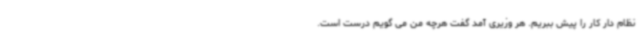
نظام دار کار را پیش ببریم. هر وزیری آمد گفت هرچه من می گویم درست است.